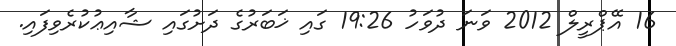
16 އޭޕްރީލް 2012 ވަނަ ދުވަހު 19:26 ގައި ޚަބަރުގެ ދަށުގައި ޝާއިޢުކުރެވިފައި.